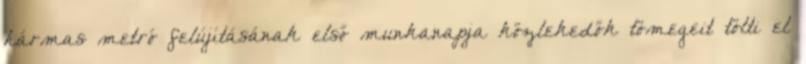
hármas metró felújításának első munkanapja közlekedők tömegeit tölti el